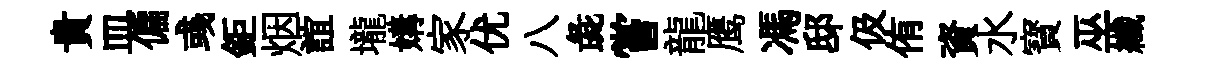
貴皿偏彧鉅烟誼壠媾家优八彘嘗龍鹰馮邸伋侑資水寳巫纖